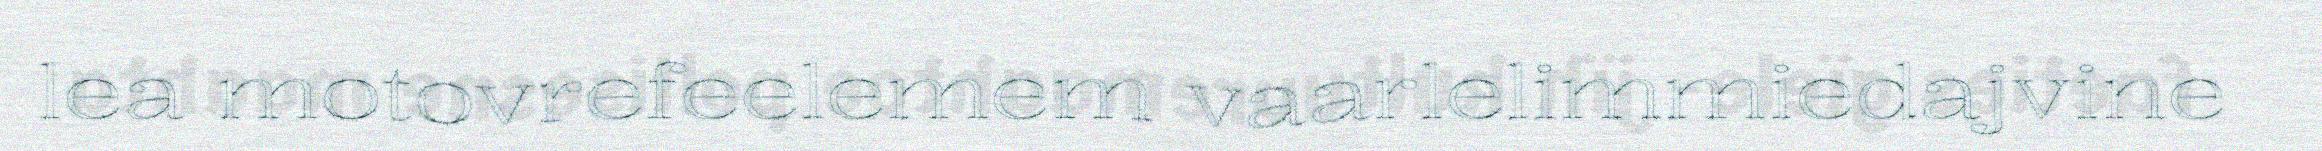
lea motovrefeelemem vaarlelimmiedajvine